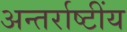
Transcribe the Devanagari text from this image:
अन्तर्राष्टींय